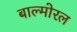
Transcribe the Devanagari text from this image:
बाल्मोरल